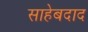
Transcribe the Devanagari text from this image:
साहेबदाद